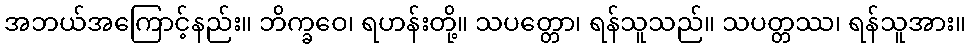
အဘယ်အကြောင့်နည်း။ ဘိက္ခဝေ၊ ရဟန်းတို့။ သပတ္တော၊ ရန်သူသည်။ သပတ္တဿ၊ ရန်သူအား။